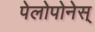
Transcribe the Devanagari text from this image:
पेलोपोनेस्